Scottish Certificate of Education, 1963
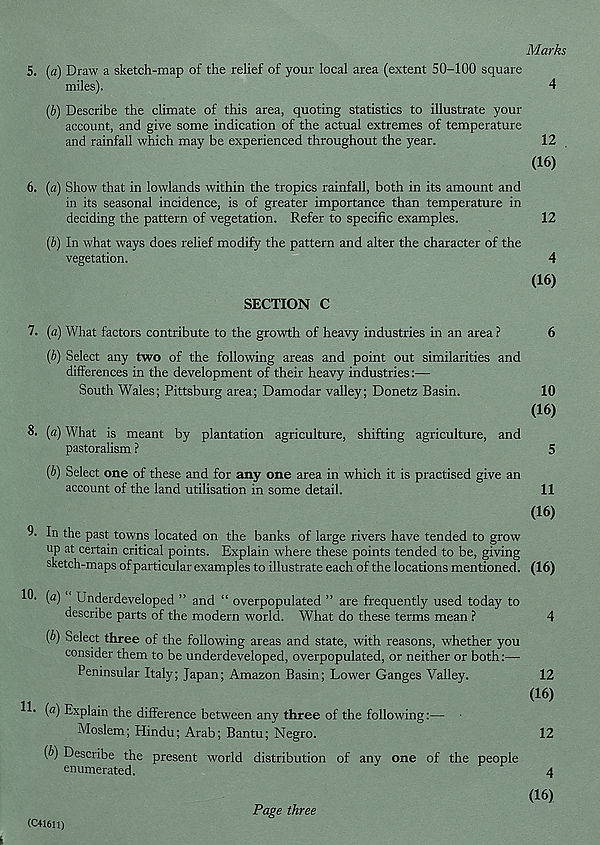
Marks
5. (a) Draw a sketch-map of the relief of your local area (extent 50-100 square
miles).
4
(b) Describe the climate of this area, quoting statistics to illustrate your
account, and give some indication of the actual extremes of temperature
and rainfall which may be experienced throughout the year.
12
(16)
6. (a) Show that in lowlands within the tropics rainfall, both in its amount and
in its seasonal incidence, is of greater importance than temperature in
deciding the pattern of vegetation. Refer to specific examples.
12
(b) In what ways does relief modify the pattern and alter the character of the
vegetation.
4
(16)
SECTION C
7. (a) What factors contribute to the growth of heavy industries in an area ?
6
(b) Select any two of the following areas and point out similarities and
differences in the development of their heavy industries:—
South Wales; Pittsburg area; Damodar valley; Donetz Basin.
10
(16)
8. (a) What is meant by plantation agriculture, shifting agriculture, and
pastoralism ?
5
(b) Select one of these and for any one area in which it is practised give an
account of the land utilisation in some detail.
11
(16)
9. In the past towns located on the banks of large rivers have tended to grow
up at certain critical points. Explain where these points tended to be, giving
sketch-maps of particular examples to illustrate each of the locations mentioned. (16)
10. (a) Underdeveloped ” and “ overpopulated ” are frequently used today to
describe parts of the modern world. What do these terms mean ?
4
(b) Select three of the following areas and state, with reasons, whether you
consider them to be underdeveloped, overpopulated, or neither or both:—
Peninsular Italy; Japan; Amazon Basin; Lower Ganges Valley.
12
(16)
(a) Explain the difference between any three of the following:—
Moslem; Hindu; Arab; Bantu; Negro.
12
(b) Describe the present world distribution of any one of the people
enumerated.
4
(16)
(C41611)
Page three